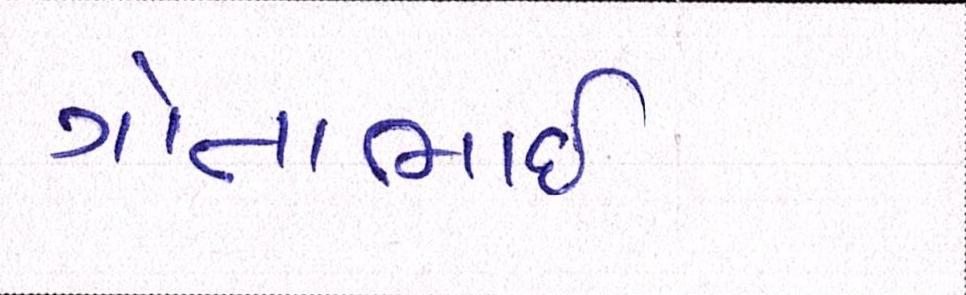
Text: ગોતાભાઈ